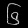
Digit: ၆